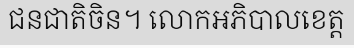
ជនជាតិចិន។ លោកអភិបាលខេត្ត